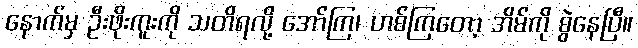
နောက်မှ ဦးဖိုးကူးကို သတိရလို့ အော်ကြ၊ ဟစ်ကြတော့ အိမ်ကို စွဲနေပြီ။